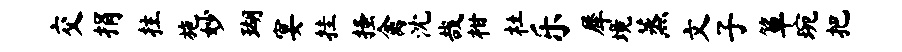
交捐拄施妙瑚宴挂搔禽沈哉柑杜乐犀境蒸文子箪琬把